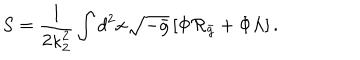
S = { \frac { 1 } { 2 \kappa _ { 2 } ^ { 2 } } } \int d ^ { 2 } x \sqrt { - \bar { g } } \left[ \Phi { \cal R } _ { \bar { g } } + \Phi \Lambda \right] .